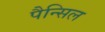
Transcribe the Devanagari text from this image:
पैन्सिल